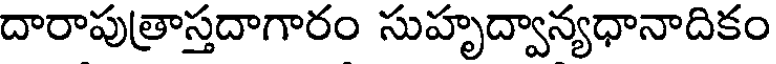
దారాపుత్రాస్తదాగారం సుహృద్వాన్యధానాదికం